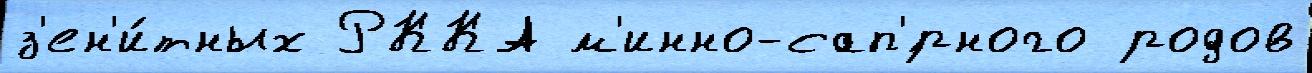
з'ен'и́тных РККА м'инно-сап'́рного родов